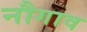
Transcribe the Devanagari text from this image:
नौगाव